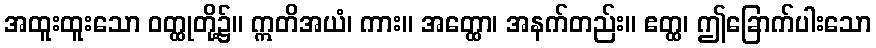
အထူးထူးသော ဝတ္ထုတို့၌။ ဣတိအယံ၊ ကား။ အတ္ထော၊ အနက်တည်း။ ဧတ္ထ၊ ဤခြောက်ပါးသော